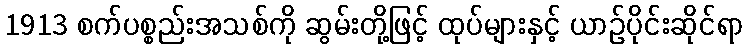
1913 စက်ပစ္စည်းအသစ်ကို ဆွမ်းတို့ဖြင့် ထုပ်များနှင့် ယာဉ်ပိုင်းဆိုင်ရာ